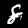
Label: 8